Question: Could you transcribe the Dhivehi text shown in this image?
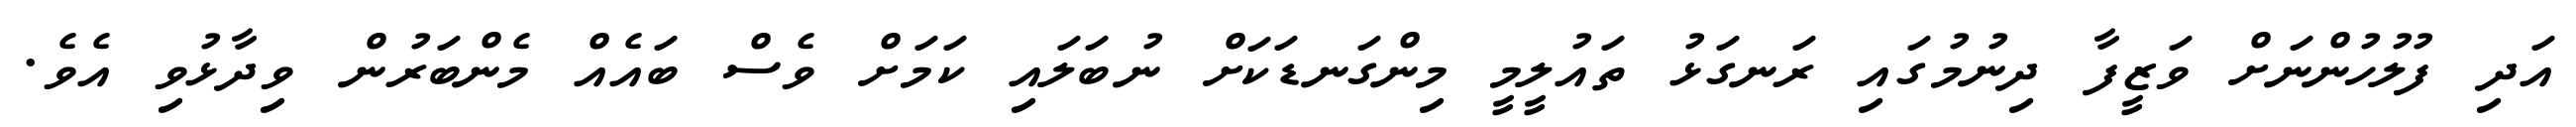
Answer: އަދި ފުލުހުންނަށް ވަޒީފާ ދިނުމުގައި ރަނގަޅު ތައުލީމީ މިންގަނޑަކަށް ނުބަލައި ކަމަށް ވެސް ބައެއް މެންބަރުން ވިދާޅުވި އެވެ.